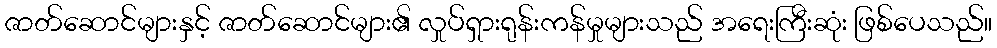
ဇာတ်ဆောင်များနှင့် ဇာတ်ဆောင်များ၏ လှုပ်ရှားရုန်းကန်မှုများသည် အရေးကြီးဆုံး ဖြစ်ပေသည်။